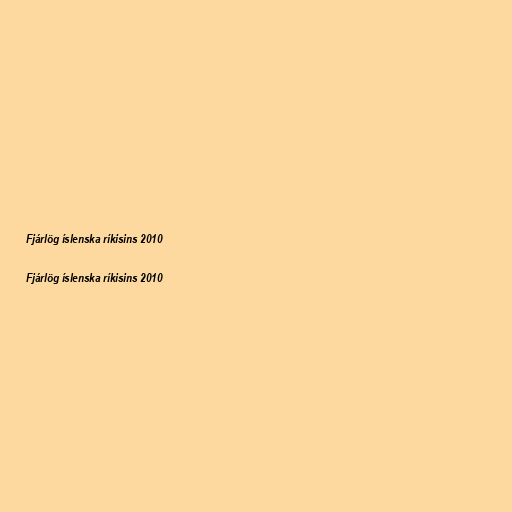
Fjárlög íslenska ríkisins 2010

Fjárlög íslenska ríkisins 2010